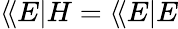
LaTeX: \langle\! \langle E|H=\langle\! \langle E|E